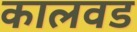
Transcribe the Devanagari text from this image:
कालवड